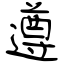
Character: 遵